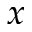
x